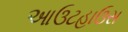
આઉટહાઉસ